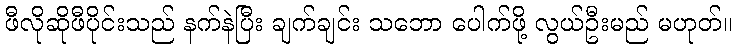
ဖီလိုဆိုဖီပိုင်းသည် နက်နဲပြီး ချက်ချင်း သဘော ပေါက်ဖို့ လွယ်ဦးမည် မဟုတ်။